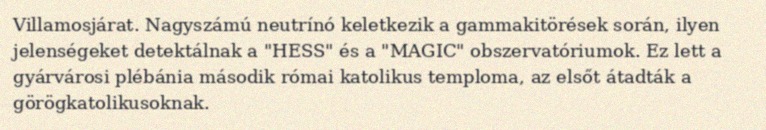
Villamosjárat. Nagyszámú neutrínó keletkezik a gammakitörések során, ilyen jelenségeket detektálnak a "HESS" és a "MAGIC" obszervatóriumok. Ez lett a gyárvárosi plébánia második római katolikus temploma, az elsőt átadták a görögkatolikusoknak.